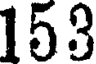
153